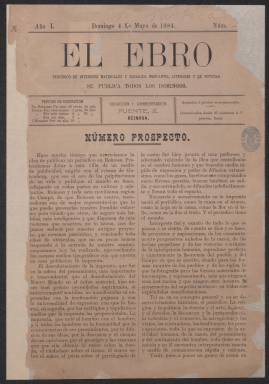
Título: El Ebro (Reinosa)
Colección: Periódicos
Ámbito geográfico: Cantabria
Lugar de publicación: Reinosa
Fechas: 04/05/1884-11/10/1885